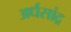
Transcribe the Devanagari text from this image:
अर्धसांद्र